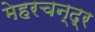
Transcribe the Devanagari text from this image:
मेहरचन्द्र